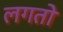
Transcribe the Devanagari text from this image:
लगतो